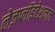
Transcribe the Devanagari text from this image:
लेज़प्लॉइटेशनल